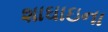
શાઘાઇના